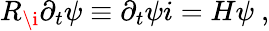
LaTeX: R_{\i}\partial_{t}\psi\equiv\partial_{t}\psi i=H\psi~,